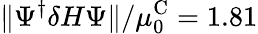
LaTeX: \Vert\Psi^{\dagger}\delta H\Psi\Vert/\mu_{0}^{\textrm{C}}=1.81